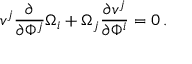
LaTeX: v ^ { j } \frac { \partial } { \partial \Phi ^ { j } } \Omega _ { i } + \Omega _ { j } \frac { \partial v ^ { j } } { \partial \Phi ^ { i } } = 0 \, .